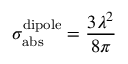
\sigma _ { \mathrm { a b s } } ^ { \mathrm { d i p o l e } } = \frac { 3 \lambda ^ { 2 } } { 8 \pi }